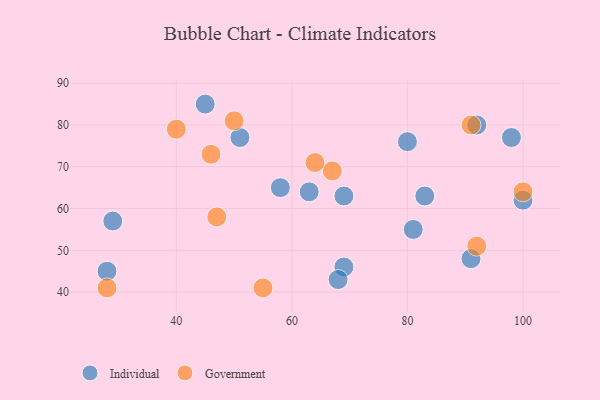
{"axis": {"x": "GDP", "y": "Life Expectancy"}, "legend": ["Government", "Individual"], "data": [{"x": "98", "y": 77, "type": "Individual"}, {"x": "58", "y": 65, "type": "Individual"}, {"x": "69", "y": 63, "type": "Individual"}, {"x": "100", "y": 62, "type": "Individual"}, {"x": "83", "y": 63, "type": "Individual"}, {"x": "92", "y": 80, "type": "Individual"}, {"x": "80", "y": 76, "type": "Individual"}, {"x": "81", "y": 55, "type": "Individual"}, {"x": "51", "y": 77, "type": "Individual"}, {"x": "91", "y": 48, "type": "Individual"}, {"x": "69", "y": 46, "type": "Individual"}, {"x": "28", "y": 45, "type": "Individual"}, {"x": "29", "y": 57, "type": "Individual"}, {"x": "68", "y": 43, "type": "Individual"}, {"x": "63", "y": 64, "type": "Individual"}, {"x": "45", "y": 85, "type": "Individual"}, {"x": "67", "y": 69, "type": "Government"}, {"x": "100", "y": 64, "type": "Government"}, {"x": "47", "y": 58, "type": "Government"}, {"x": "46", "y": 73, "type": "Government"}, {"x": "92", "y": 51, "type": "Government"}, {"x": "55", "y": 41, "type": "Government"}, {"x": "40", "y": 79, "type": "Government"}, {"x": "50", "y": 81, "type": "Government"}, {"x": "64", "y": 71, "type": "Government"}, {"x": "91", "y": 80, "type": "Government"}, {"x": "28", "y": 41, "type": "Government"}]}